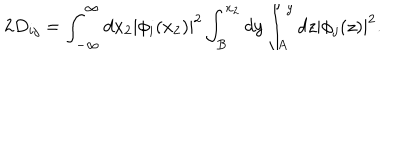
2 D _ { i j } = \int _ { - \infty } ^ { \infty } d x _ { 2 } | \phi _ { i } ( x _ { 2 } ) | ^ { 2 } \int _ { B } ^ { x _ { 2 } } d y \int _ { A } ^ { y } d z | \phi _ { j } ( z ) | ^ { 2 } .